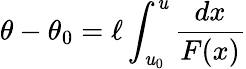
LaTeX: \theta-\theta_{0}=\ell\int_{\mathit{u}_{0}}^{\mathit{u}}\frac{{dx}}{{F(x)}}